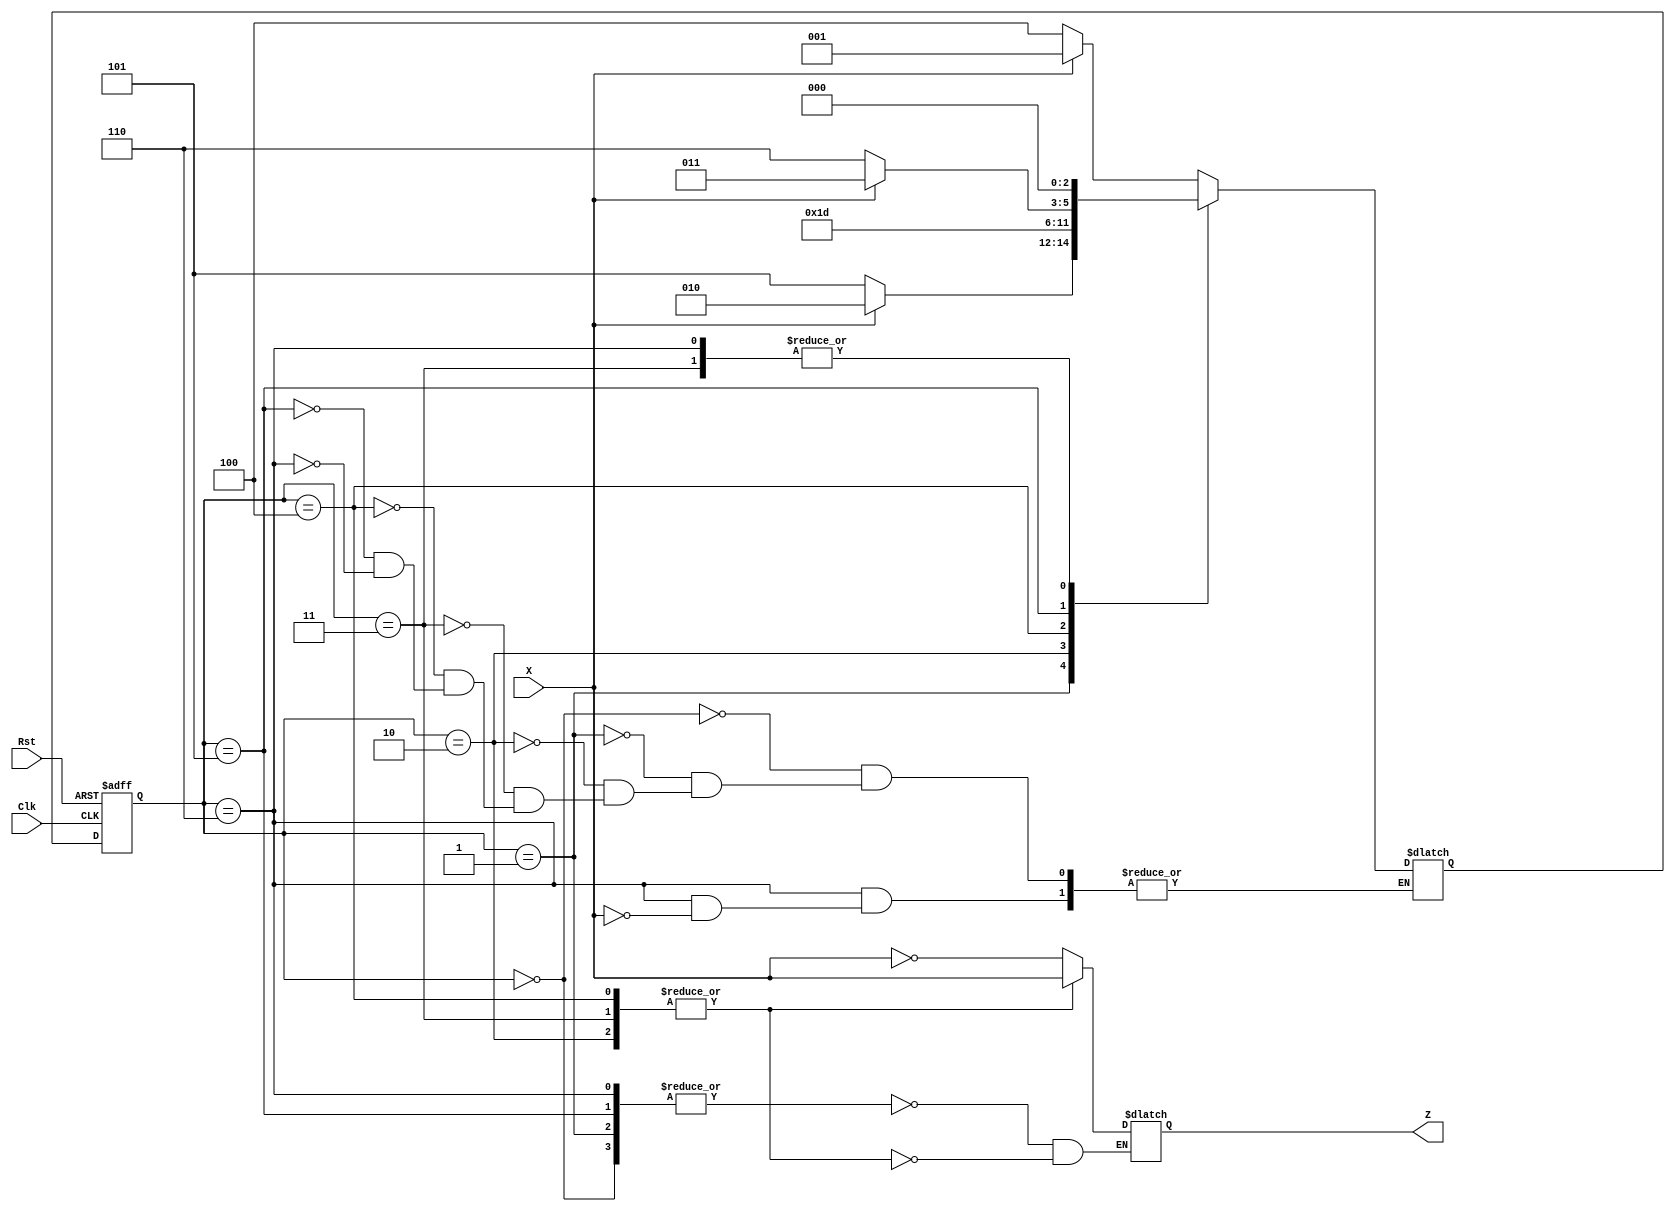
module Lab3_Converter_state_diagram (input X, Clk, Rst, output Z);
    
    reg Z;
    reg[2:0] state, next_state;
    parameter S0=3'b000,S1=3'b001,S2=3'b010,S3=3'b011,S4=3'b100,S5=3'b101,S6=3'b110;
    
    always @(posedge Clk,negedge Rst)
        if(Rst==0) state<=S0;
        else state<=next_state;
    always @(state, X)
        case(state)
            S0: if(X) next_state=S1; else next_state=S4;
            S1: if(X) next_state=S2; else next_state=S5;
            S2: if(X) next_state=S3; else next_state=S3;
            S3: if(X) next_state=S0; else next_state=S0;
            S4: if(X) next_state=S5; else next_state=S5;
            S5: if(X) next_state=S3; else next_state=S6;
            S6: if(X) next_state=S0;
        endcase
    
    always@(state, X)
        case(state)
            S0,S1,S5,S6: Z=!X;
            S4,S2,S3: Z=X;
        endcase
endmodule